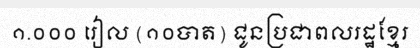
១.០០០ រៀល (១០បាត) ជូនប្រជាពលរដ្ឋខ្មែរ